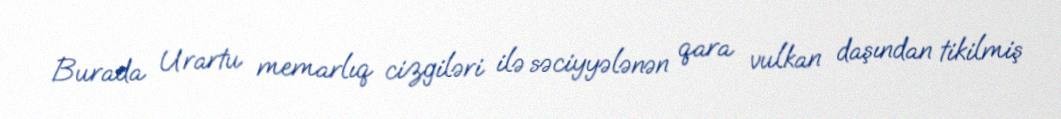
Burada Urartu memarlıq cizgiləri ilə səciyyələnən qara vulkan daşından tikilmiş